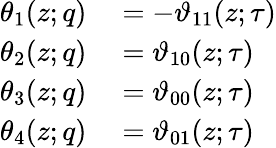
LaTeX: \begin{array}{rl}{\theta_{1}(z;q)}&{{}=-\vartheta_{11}(z;\tau)}\\ {\theta_{2}(z;q)}&{{}=\vartheta_{10}(z;\tau)}\\ {\theta_{3}(z;q)}&{{}=\vartheta_{00}(z;\tau)}\\ {\theta_{4}(z;q)}&{{}=\vartheta_{01}(z;\tau)}\end{array}